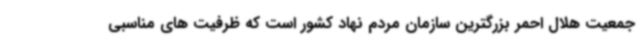
جمعیت هلال احمر بزرگترین سازمان مردم نهاد کشور است که ظرفیت های مناسبی